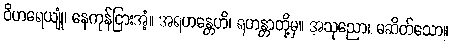
ဝိဟရေယျုံ၊ နေကုန်ငြားအံ့။ အရဟန္တေဟိ၊ ရဟန္တာတို့မှ။ အသုညော၊ မဆိတ်သော။